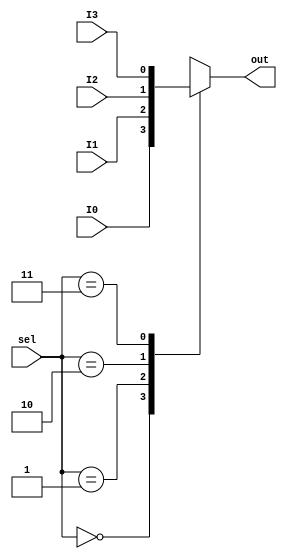
`timescale 1ns / 1ps
//////////////////////////////////////////////////////////////////////////////////
// Company: 
// Engineer: 
// 
// Design Name: 
// Module Name: mux
// Project Name: 
// Target Devices: 
// Tool Versions: 
// Description: 
// 
// Dependencies: 
// 
// Revision:
// Revision 0.01 - File Created
// Additional Comments:
// 
//////////////////////////////////////////////////////////////////////////////////


module mux
#( 
  parameter WIDTH_LEN = 2)
( I0 ,I1, I2  , I3 , 
 sel , 
 out  
    );
    
input I0, I1 , I2,I3 ; 
input [WIDTH_LEN-1:0] sel ; 
output reg out  ;

always @ *
 begin
  case (sel)
  2'b00 : out = I0 ;
  2'b01 : out = I1;
  2'b10 : out = I2 ;
  2'b11 : out = I3 ;
  endcase
end
endmodule